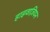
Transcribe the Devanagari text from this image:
हाइवाज़ियन